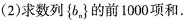
(2)求数列\left\{ b_{n}\right\}的前1000项和.